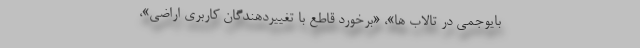
بایوجمی در تالاب ها»، «برخورد قاطع با تغییردهندگان کاربری اراضی»،